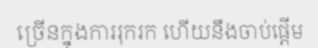
ច្រើនក្នុងការរុករក ហើយនឹងចាប់ផ្តើម